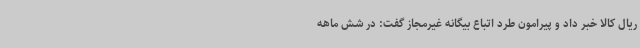
ریال کالا خبر داد و پیرامون طرد اتباع بیگانه غیرمجاز گفت: در شش ماهه